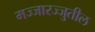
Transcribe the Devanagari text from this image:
मज्जारज्जुतील